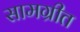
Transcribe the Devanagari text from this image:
सामग्रीत